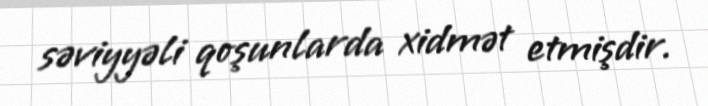
səviyyəli qoşunlarda xidmət etmişdir.